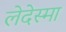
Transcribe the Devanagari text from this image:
लेदेस्मा